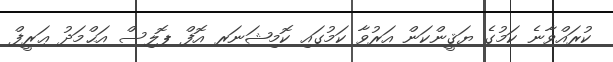
ކުރައްވާނެ ކަމުގެ ޔަޤީންކަން އަރުވާ ކަމުގައި ކޮމިޝަނަރ އޮފް ޕޮލިސް އަޙްމަދު ޢަރީފް